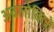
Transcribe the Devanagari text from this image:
अवलोकिजे